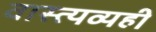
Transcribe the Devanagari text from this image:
वास्त्यव्यही